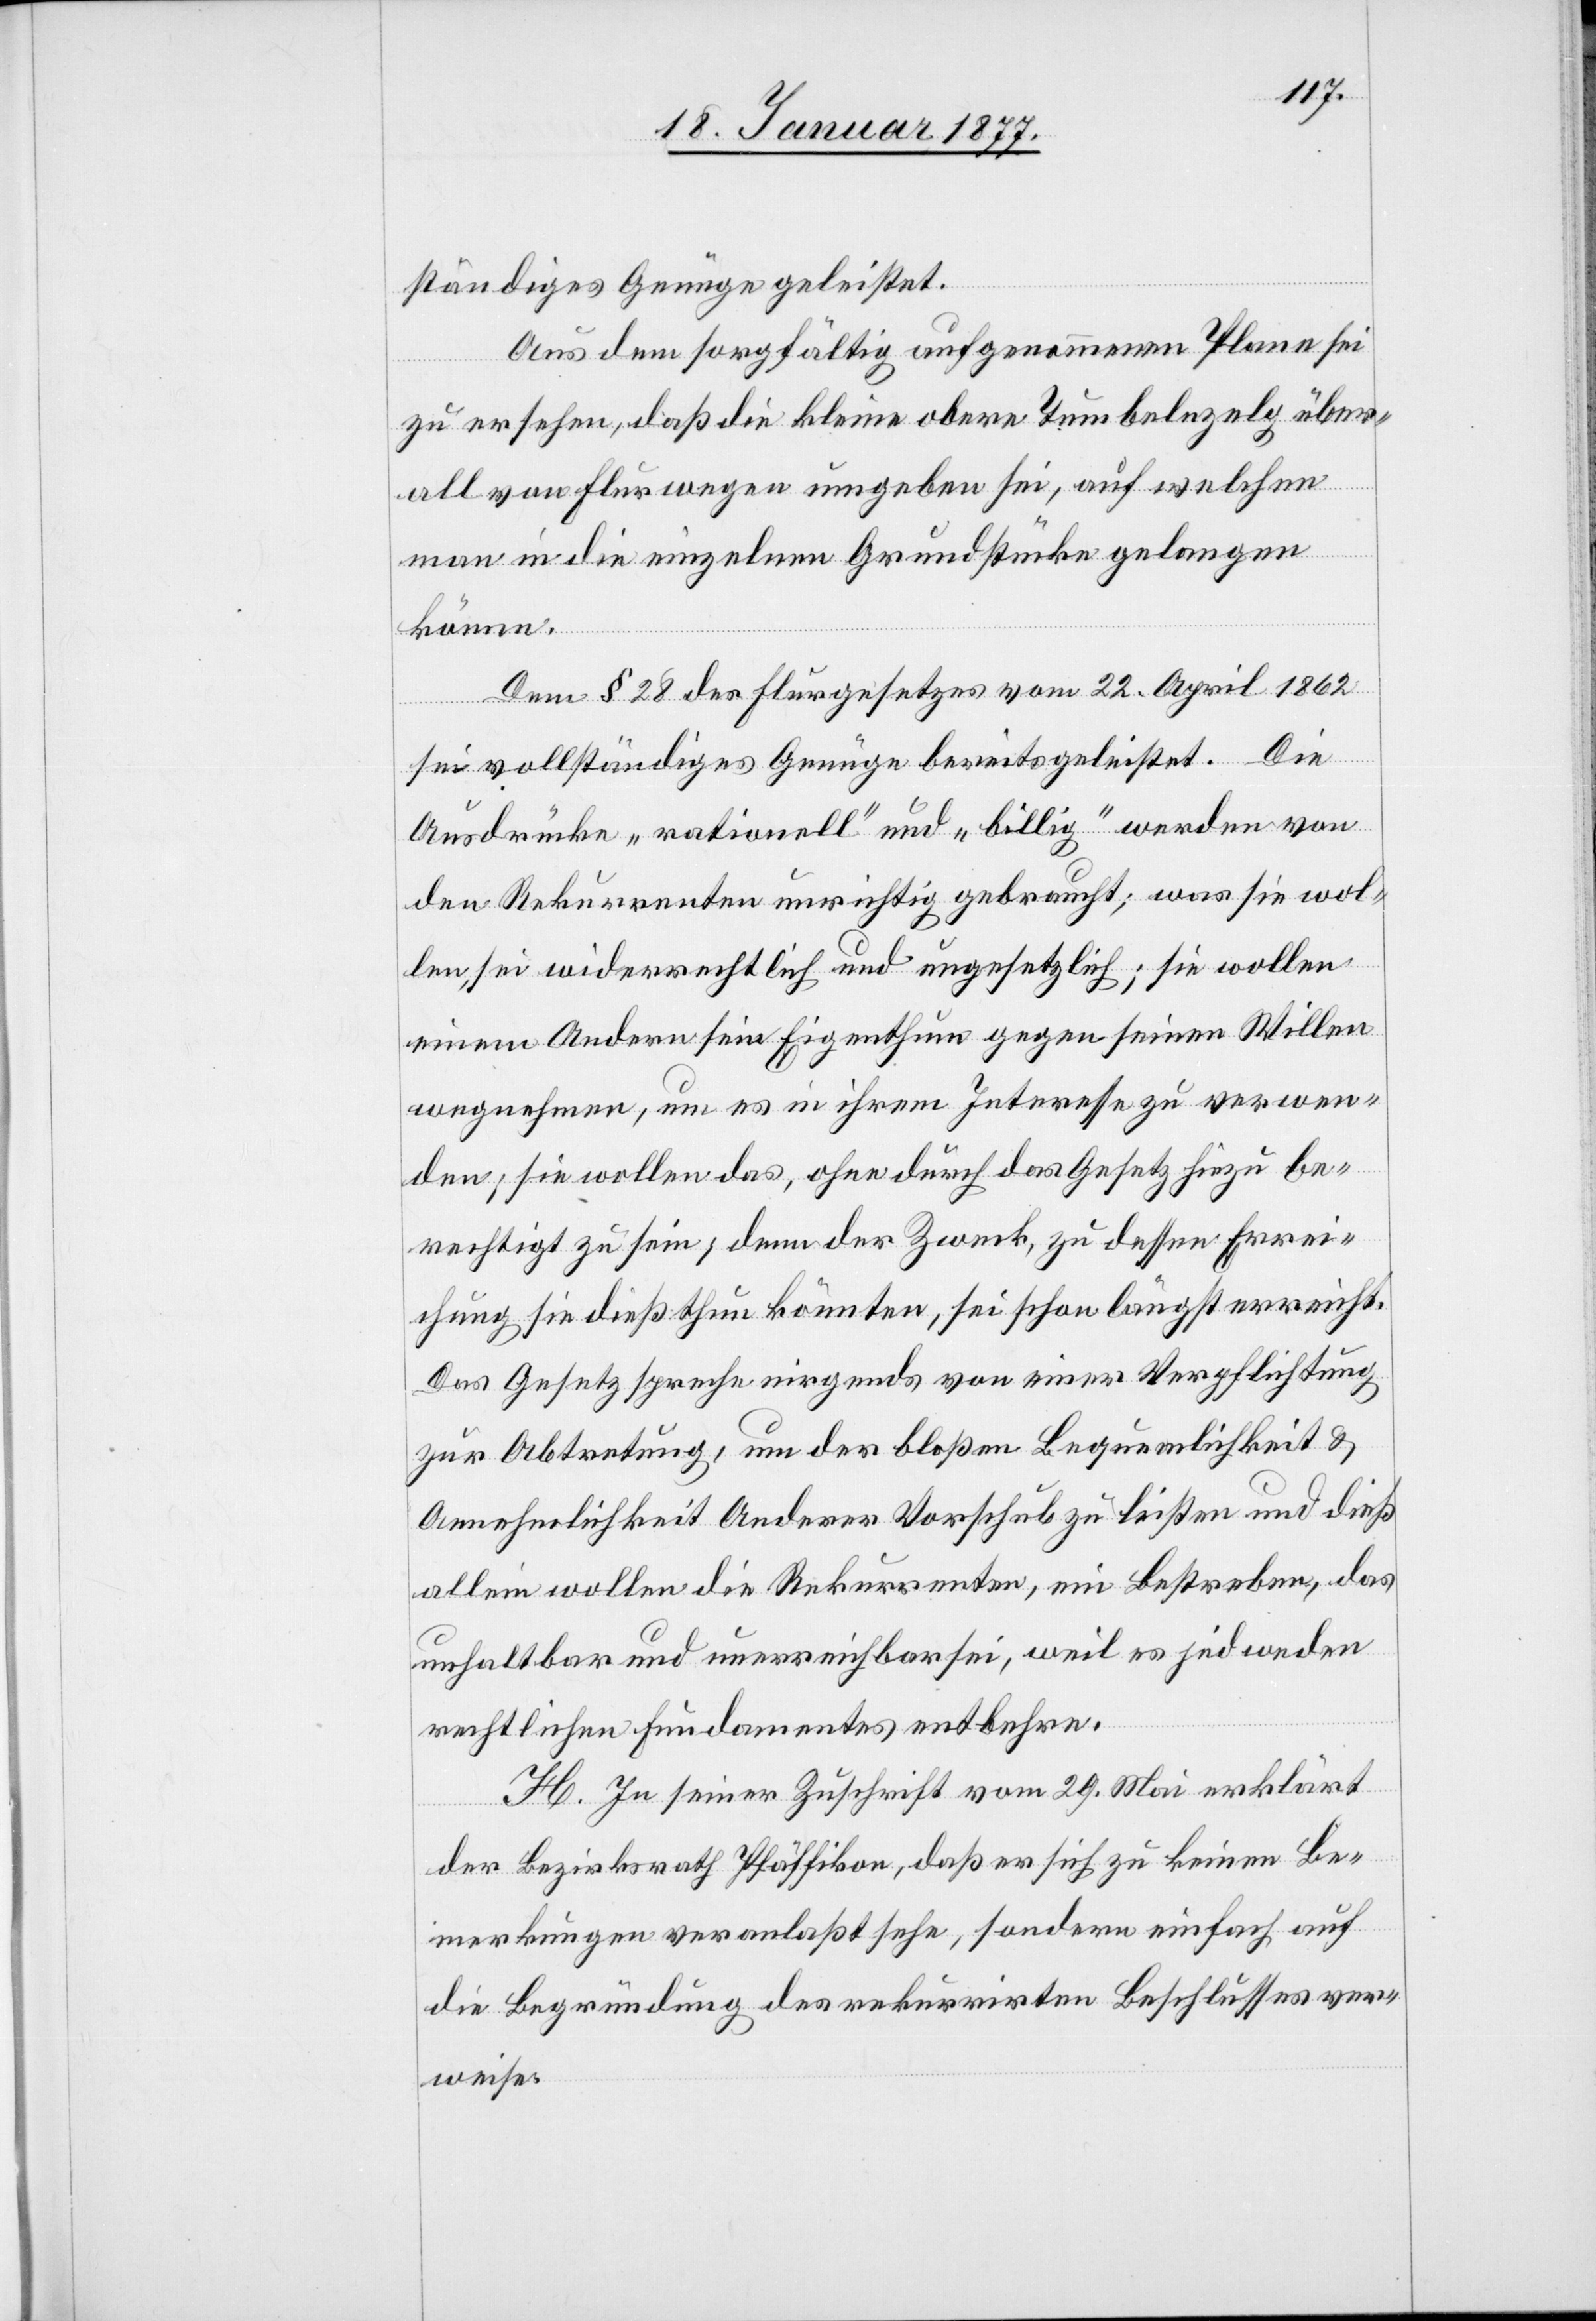
lständiges Genüge geleistet.
Aus dem sorgfältig aufgenommenen Plane sei
zu ersehen, daß die kleine obere Tumbelzelg über¬
all von Flurwegen umgeben sei, auf welchen
man in die einzelnen Grundstücke gelangen
könne.
Dem § 28 des Flurgesetzes vom 22. April 1862
Die
Ausdrücke „rationell“ und „billig“ werden von
den Rekurrenten unrichtig gebraucht; was sie wol¬
len, sei wiederrechtlich und ungesetzlich; sie wollen
einem Andern sein Eigenthum gegen seinen Willen
wegnehmen, um es in ihrem Interesse zu verwen¬
den, sie wollen das, ohne durch das Gesetz hiezu be¬
rechtigt zu sein; denn der Zweck, zu dessen Errei¬
chung sie dieß thun könnten, sei schon längst erreicht.
Das Gesetz spreche nirgends von einer Verpflichtung
zur Abtretung, um der bloßen Bequemlichkeit &
Annehmlichkeit Anderer Vorschub zu leisten und dieß
allein wollen die Rekurrenten, ein Bestreben, das
unhaltbar und unerreichbar sei, weil es jedweden
rechtlichen Fundamentes entbehre.
H. In seiner Zuschrift vom 29. Mai erklärt
der Bezirksrath Pfäffikon, daß er sich zu keinen Be¬
merkungen veranlaßt sehe, sondern einfach auf
die Begründung des rekurrirten Beschlusses ver¬
weise.